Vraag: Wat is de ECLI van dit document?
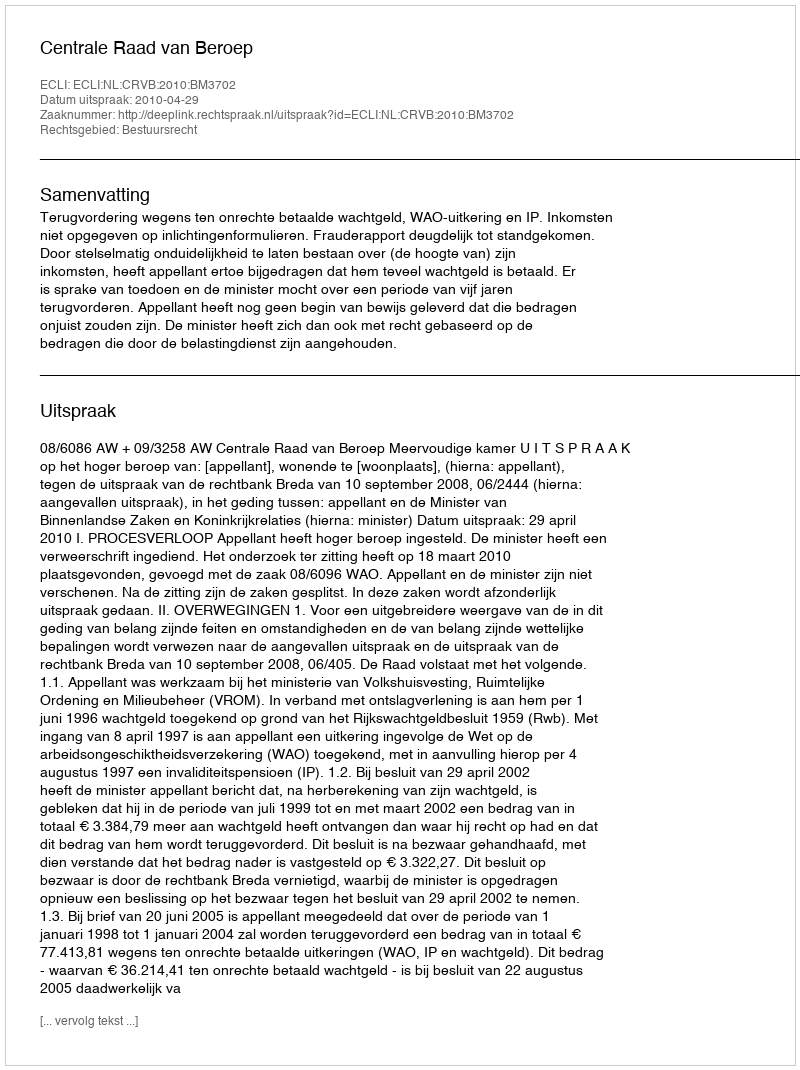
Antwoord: ECLI:NL:CRVB:2010:BM3702